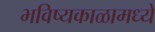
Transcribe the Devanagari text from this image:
भविष्यकाळामध्ये